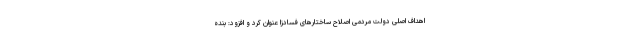
اهداف اصلی دولت مردمی اصلاح ساختارهای فسادزا عنوان کرد و افزود: بنده